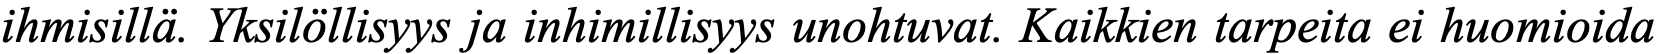
ihmisillä. Yksilöllisyys ja inhimillisyys unohtuvat. Kaikkien tarpeita ei huomioida